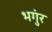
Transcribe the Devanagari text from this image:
भगुंर